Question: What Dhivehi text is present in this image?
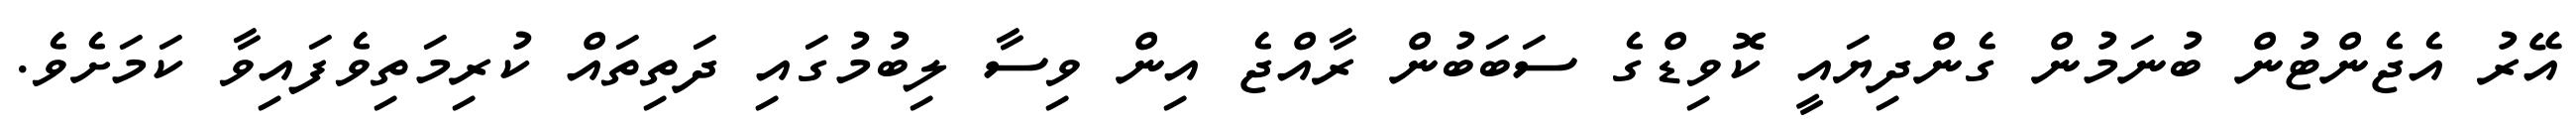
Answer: އޭރު އެޖެންޓުން ބުނަމުން ގެންދިޔައީ ކޮވިޑްގެ ސަބަބުން ރާއްޖެ އިން ވިސާ ލިބުމުގައި ދަތިތައް ކުރިމަތިވެފައިވާ ކަމަށެވެ.